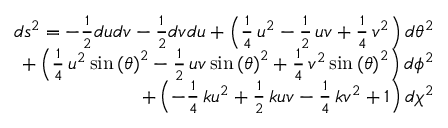
\begin{array} { r } { d s ^ { 2 } = - \frac { 1 } { 2 } d u d v - \frac { 1 } { 2 } d v d u + \left( \frac { 1 } { 4 } \, u ^ { 2 } - \frac { 1 } { 2 } \, u v + \frac { 1 } { 4 } \, v ^ { 2 } \right) d \theta ^ { 2 } } \\ { + \left( \frac { 1 } { 4 } \, u ^ { 2 } \sin \left( { \theta } \right) ^ { 2 } - \frac { 1 } { 2 } \, u v \sin \left( { \theta } \right) ^ { 2 } + \frac { 1 } { 4 } \, v ^ { 2 } \sin \left( { \theta } \right) ^ { 2 } \right) d \phi ^ { 2 } } \\ { + \left( - \frac { 1 } { 4 } \, k u ^ { 2 } + \frac { 1 } { 2 } \, k u v - \frac { 1 } { 4 } \, k v ^ { 2 } + 1 \right) d \chi ^ { 2 } } \end{array}